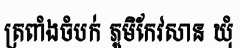
ត្រពាំងចំបក់ ភូមិកែវសាន ឃុំ